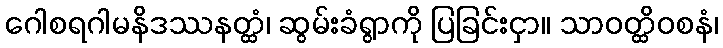
ဂေါစရဂါမနိဒဿနတ္ထံ၊ ဆွမ်းခံရွာကို ပြခြင်းငှာ။ သာဝတ္ထိဝစနံ၊